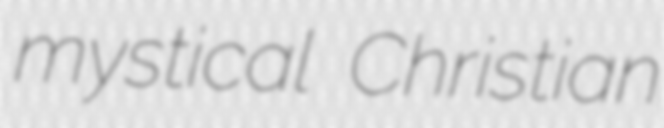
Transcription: mystical Christian